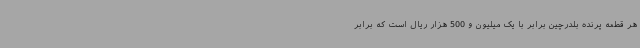
هر قطعه پرنده بلدرچین برابر با یک میلیون و 500 هزار ریال است که برابر